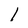
Character: 1